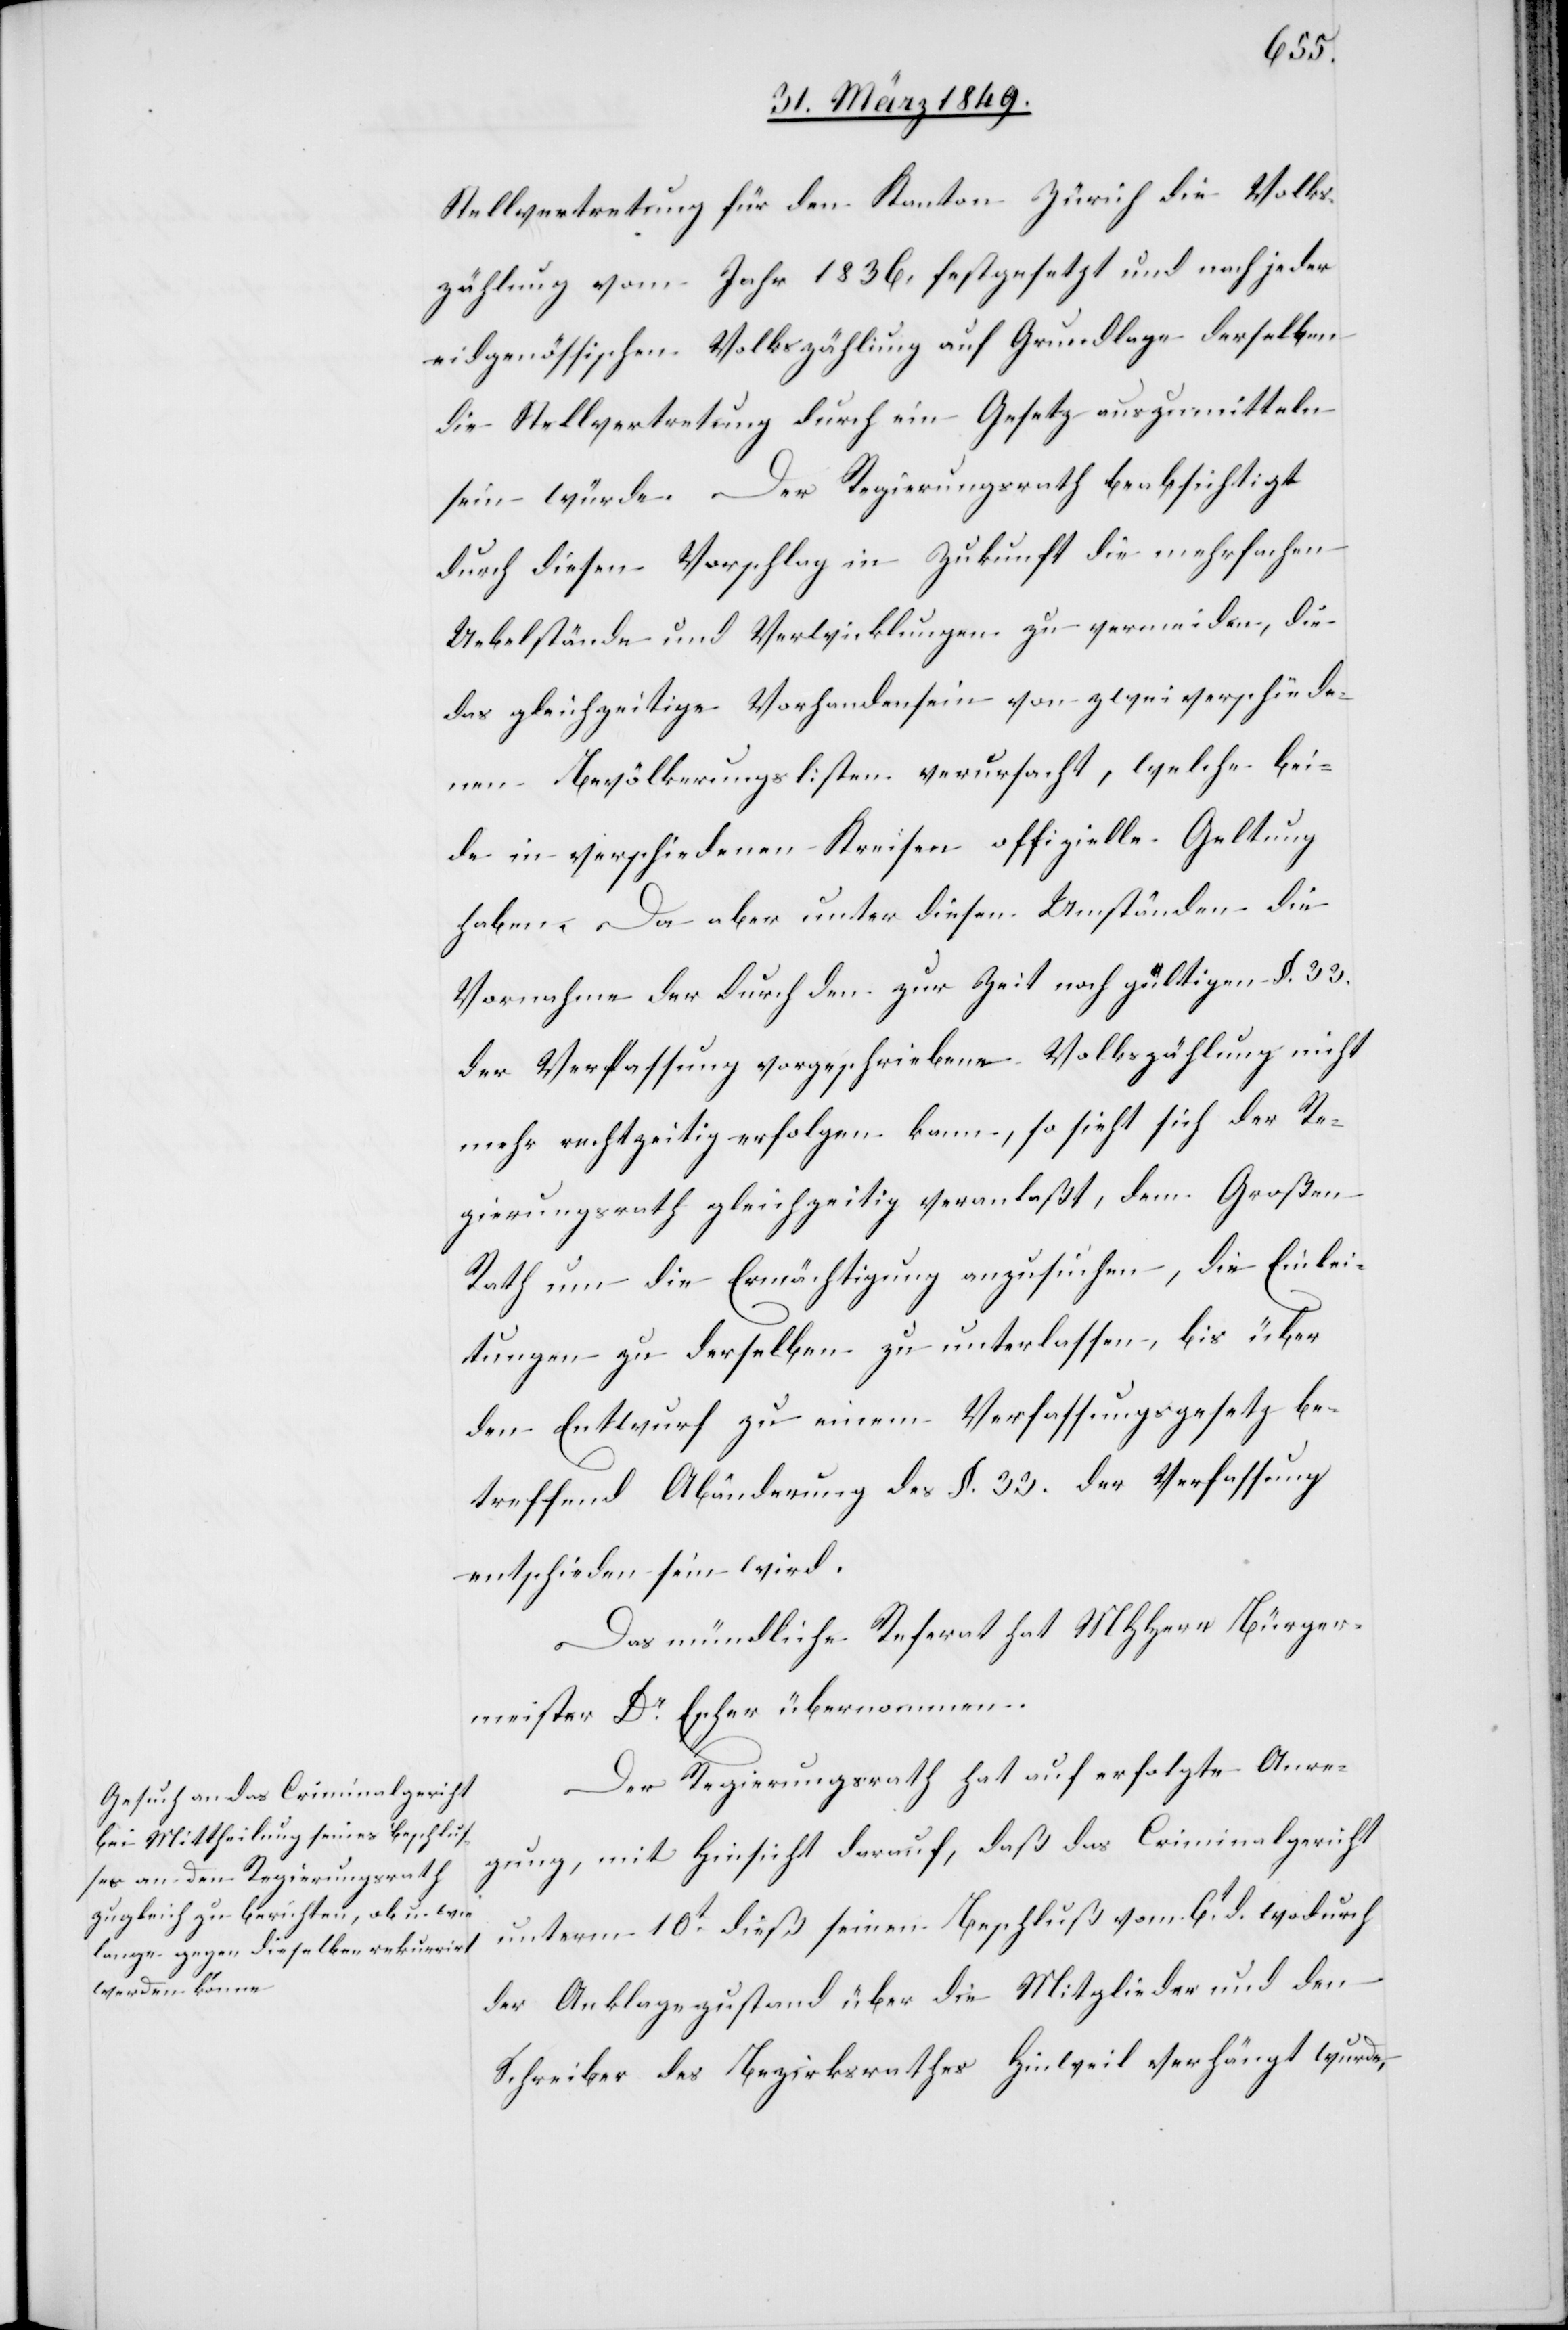
Stellvertretung für den Kanton Zürich die Volks¬
zählung vom Jahr 1836. festgesetzt und nach jeder
eidgenössischen Volkszählung auf Grundlage derselben
die Stellvertretung durch ein Gesetz auszumitteln
sein würde. Der Regierungsrath beabsichtigt
durch diesen Vorschlag in Zukunft die mehrfachen
Uebelstände und Verwicklungen zu vermeiden, die
das gleichzeitige Vorhandensein von zwei verschiede¬
nen Bevökerungslisten verursacht, welche bei¬
de in verschiedenen Kreisen offizielle Geltung
haben. Da aber unter diesen Umständen die
Vornahme der durch den zur Zeit noch gültigen §. 33
der Verfassung vorgeschriebene[n] Volkszählung nicht
mehr rechtzeitig erfolgen kann, so sieht sich der Re¬
gierungsrath gleichzeitig veranlaßt, dem [sic!] Großen
Rath um die Ermächtigung anzusuchen, die Einlei¬
tungen zu derselben zu unterlassen, bis über
den Entwurf zu einem Verfassungsgesetz be¬
treffend Abänderung des §. 33. der Verfassung
entschieden sein wird.
Das mündliche Referat hat MHHerr Bürger¬
meister Dr. Escher übernommen.
Der Regierungsrath hat auf erfolgte Anre¬
gung, mit Hinsicht darauf, daß das Criminalgericht
unterm 10t. dieß seinen Beschluß vom 6t. d. wodurch
der Anklagezustand über die Mitglieder und den
Schreiber des Bezirksrathes Hinweil verhängt wurde,